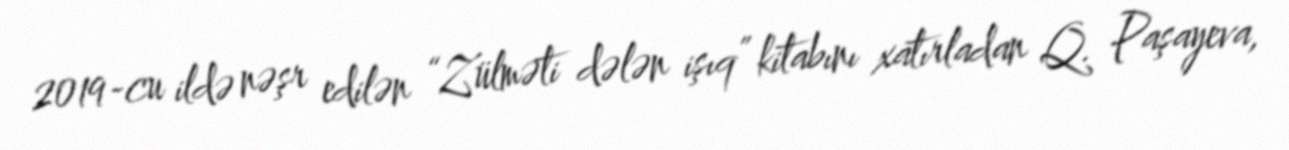
2019-cu ildə nəşr edilən “Zülməti dələn işıq” kitabını xatırladan Q. Paşayeva,